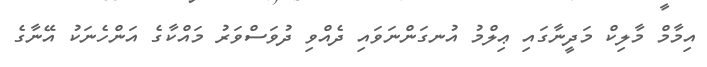
އިމާމް މާލިކް މަދީނާގައި ޢިލްމު އުނގަންނަވައި ދެއްވި ދުވަސްވަރު މައްކާގެ އަންހެނަކު އޭނާގެ